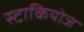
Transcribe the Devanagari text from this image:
स्टाकियोज